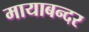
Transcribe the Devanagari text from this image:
मायाबन्दर